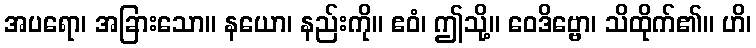
အပရော၊ အခြားသော။ နယော၊ နည်းကို။ ဧဝံ၊ ဤသို့။ ဝေဒိဗ္ဗော၊ သိထိုက်၏။ ဟိ၊